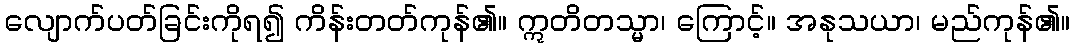
လျောက်ပတ်ခြင်းကိုရ၍ ကိန်းတတ်ကုန်၏။ ဣတိတသ္မာ၊ ကြောင့်။ အနုသယာ၊ မည်ကုန်၏။